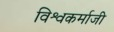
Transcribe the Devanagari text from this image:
विश्वकर्माजी